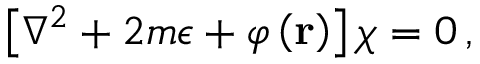
\left[ \nabla ^ { 2 } + 2 m \epsilon + \varphi \left( { \bf r } \right) \right] \chi = 0 \, ,